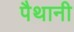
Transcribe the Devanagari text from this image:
पैथानी